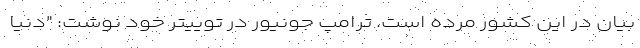
بیان در این کشور مرده است. ترامپ جونیور در توییتر خود نوشت: "دنیا